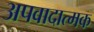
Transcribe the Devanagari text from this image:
अपवादात्मक